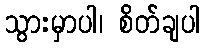
သွားမှာပါ၊ စိတ်ချပါ